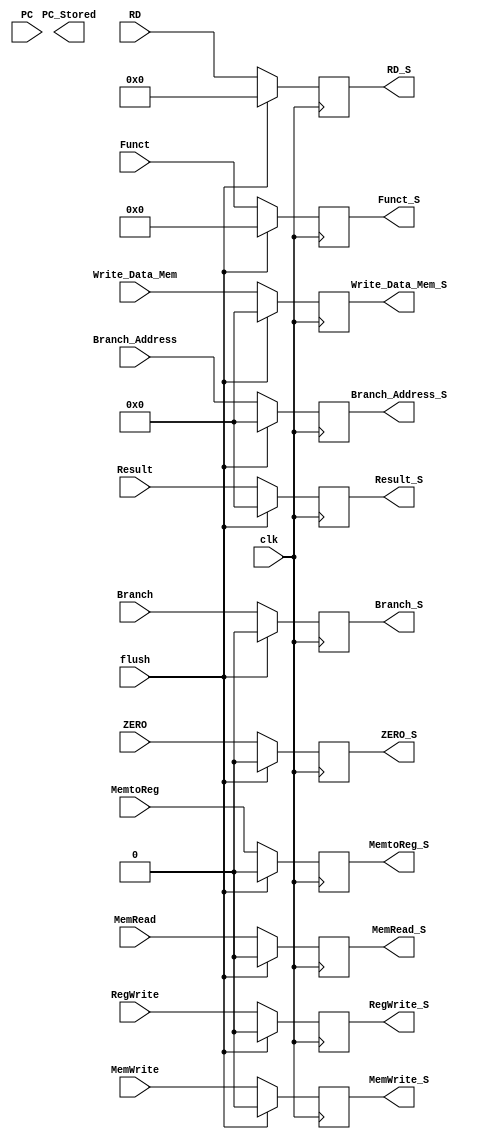
`timescale 1ns / 1ps

module EX_MEM_Reg(
    input flush,
    input clk,
    input [63:0] PC,
    input RegWrite, MemWrite, Branch, ZERO, MemtoReg, MemRead,
    input [63:0] Result, Write_Data_Mem, Branch_Address,
    input [3:0] Funct,
    input [4:0] RD,
     
    output reg [63:0] PC_Stored,
    output reg  RegWrite_S, MemWrite_S, Branch_S, ZERO_S, MemtoReg_S, MemRead_S,
    output reg [63:0] Result_S, Write_Data_Mem_S, Branch_Address_S,
    output reg [3:0] Funct_S,
    output reg [4:0] RD_S
);
    
    always @(posedge clk) begin
        if (flush) begin
            RegWrite_S = 0;
            MemtoReg_S = 0;
            Branch_S = 0;
            ZERO_S = 0;
            MemWrite_S = 0;
            MemRead_S = 0;
            Branch_Address_S = 0;
            Result_S = 0;
            Write_Data_Mem_S = 0;
            Funct_S = 0;
            RD_S = 0;
        end 
        else begin 
            RegWrite_S = RegWrite;
            MemtoReg_S = MemtoReg;
            Branch_S = Branch;
            ZERO_S = ZERO;
            MemWrite_S = MemWrite;
            MemRead_S = MemRead;
            Branch_Address_S = Branch_Address;
            Result_S = Result;
            Write_Data_Mem_S = Write_Data_Mem;
            Funct_S = Funct;
            RD_S = RD;
        end
    end
    
endmodule